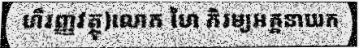
ហិរញ្ញវត្ថុ)លោក ហៃ ភិរម្យអគ្គនាយក